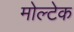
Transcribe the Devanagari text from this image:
मोल्टेक